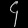
Digit: ၄